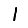
Digit: 1